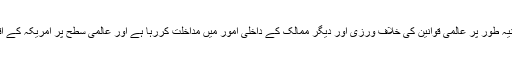
انھوں نے کہا کہ امریکہ اعلانیہ طور پر عالمی قوانین کی خلاف ورزی اور دیگر ممالک کے داخلی امور میں مداخلت کررہا ہے اور عالمی سطح پر امریکہ کے اقدامات کھلی دہشت گردی ہیں۔